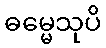
ဓမ္မေသုပိ